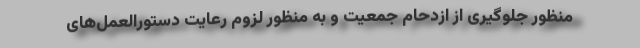
منظور جلوگیری از ازدحام جمعیت و به منظور لزوم رعایت دستورالعمل‌های